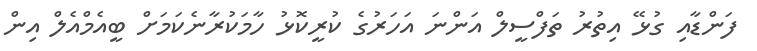
ފަންޑާއި ގުޅޭ އިތުރު ތަފްސީލް އަންނަ އަހަރުގެ ކުރީކޮޅު ހާމަކުރާނެކަމަށް ބީއެމްއެލް އިން